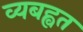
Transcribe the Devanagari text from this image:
व्यबह्वत